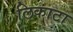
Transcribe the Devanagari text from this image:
लिकाटा